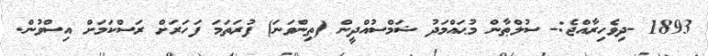
1893 -ދިވެހިރާއްޖެ:- ސުލްޠާން މުޙައްމަދު ޝަމްސުއްދީން (ތިންވަނަ) ފުރަތަމަ ފަހަރަށް ރަސްކަމަށް އިސްވުން.